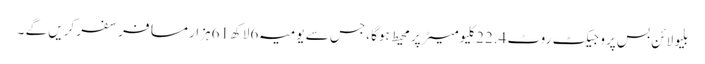
بلیو لائن بس پروجیکٹ روٹ 22.4کلیو میٹر پر محیط ہوگا ،جس سے یومیہ 6لاکھ 61ہزار مسافر سفر کریں گے ۔